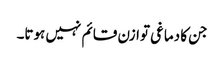
جن کا دماغی توازن قائم نہیں ہوتا۔